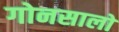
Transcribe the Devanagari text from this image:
गोनसालो